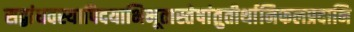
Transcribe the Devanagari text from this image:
सद्बांधवस्यापिदयाभिभूतास्तेषांतुतीर्थानिफलप्रदानि